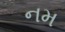
નમ